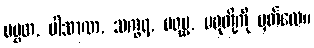
ပဗ္ဗတ, ပါသာဏ, သက္ခရ, မရုမ္ဗ, မရုတို့ကို မှတ်လေ။